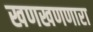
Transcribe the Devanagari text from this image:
खणखणणारा